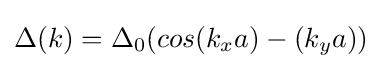
\Delta (k)=\Delta _{0}(cos(k_{x}a)-(k_{y}a))